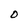
Character: O